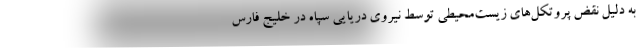
به دلیل نقض پروتکل‌های زیست‌محیطی توسط نیروی دریایی سپاه در خلیج فارس